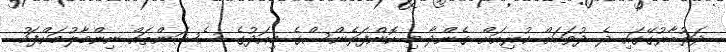
ދަރުބާރުގޭގައި ދެ ދުވަހަށް ކުރިއަށް ގެންދާ މި ކޮންފަރެންސްގެ މިއަދުގެ ސެޝަންތައް ނިންމާލުމަށްފަހު